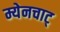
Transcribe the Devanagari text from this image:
म्येनचाट्